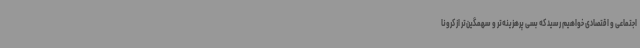
اجتماعی و اقتصادی خواهیم رسید که بسی پرهزینه‌تر و سهمگین‌تر از کرونا